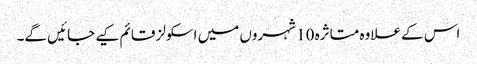
اس کے علاوہ متاثرہ 10 شہروں میں اسکولز قائم کیے جائیں گے۔